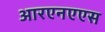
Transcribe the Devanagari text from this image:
आरएनएएस